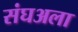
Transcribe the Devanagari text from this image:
संघअला